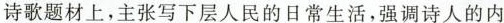
诗歌题材上，主张写下层人民的日常生活，强调诗人的内